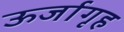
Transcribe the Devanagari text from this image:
ऊर्जागृह